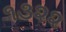
૧૩૨૨